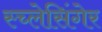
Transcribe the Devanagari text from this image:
स्च्लेसिंगेर